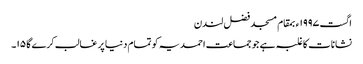
اگست ١٩٩٧ء بمقام مسجد فضل لندن
نشانات کا غلبہ ہے جو جماعت احمدیہ کو تمام دنیا پر غالب کرے گا ١٥۔